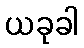
ယခုခါ